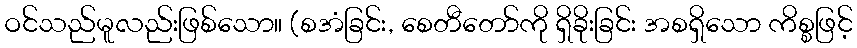
ဝင်သည်မူလည်းဖြစ်သော။ (စအံခြင်း, စေတီတော်ကို ရှိခိုးခြင်း အစရှိသော ကိစ္စဖြင့်